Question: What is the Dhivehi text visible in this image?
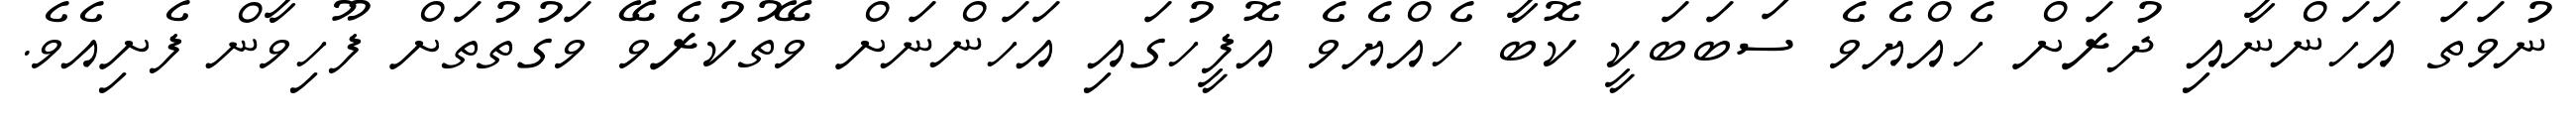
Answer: ނުވަތަ އަހަންނާއި ދުރަށް ހެއްޔެވެ ސަބަބަކީ ކޮބާ ހެއްޔެވެ އޮފީހުގައި އަހަންނަށް ވޭތުކުރެވޭ ވަގުތުތަށް ފޫހިވާން ފެށިއެވެ.